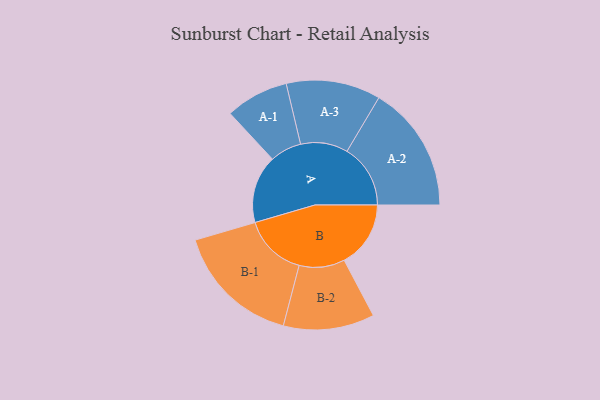
{"axis": {"x": "Segment", "y": "Value"}, "legend": ["", "A", "B"], "data": [{"x": "A", "y": 243, "type": ""}, {"x": "B", "y": 238, "type": ""}, {"x": "A-1", "y": 113, "type": "A"}, {"x": "A-2", "y": 227, "type": "A"}, {"x": "A-3", "y": 169, "type": "A"}, {"x": "B-1", "y": 226, "type": "B"}, {"x": "B-2", "y": 163, "type": "B"}]}